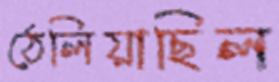
ঠেলিয়াছিল